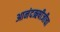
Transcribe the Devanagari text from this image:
आनंदऋषीजीचा